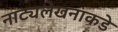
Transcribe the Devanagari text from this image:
नाट्यलेखनाकडे